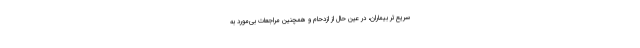
سریع‌تر بیماران، در عین حال از ازدحام و همچنین مراجعات بی‌مورد به